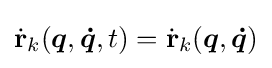
{\dot {\mathbf {r} }}_{k}({\boldsymbol {q}},{\boldsymbol {\dot {q}}},t)={\dot {\mathbf {r} }}_{k}({\boldsymbol {q}},{\boldsymbol {\dot {q}}})